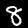
Digit: 8